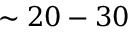
\sim 2 0 - 3 0